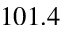
1 0 1 . 4